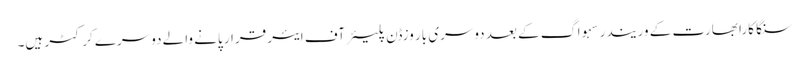
سنگا کارا بھارت کے وریندر سہواگ کے بعد دوسری بار وزڈن پلیئرآف ایئر قرار پانے والے دوسرے کرکٹر ہیں۔